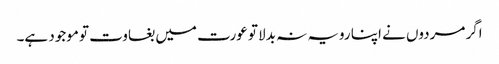
اگر مردوں نے اپنا رویہ نہ بدلا تو عورت میں بغاوت تو موجود ہے۔